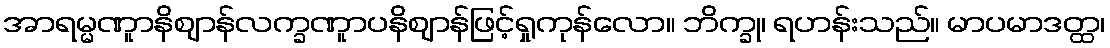
အာရမ္မဏူာနိဈာန်လက္ခဏူာပနိဈာန်ဖြင့်ရှုကုန်လော။ ဘိက္ခု၊ ရဟန်းသည်။ မာပမာဒတ္ထ၊